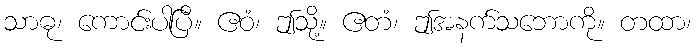
သာဓု၊ ကောင်းပါပြီ။ ဧဝံ၊ ဤသို့။ ဧတံ၊ ဤအနက်သဘောကို။ တထာ၊